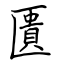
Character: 匱